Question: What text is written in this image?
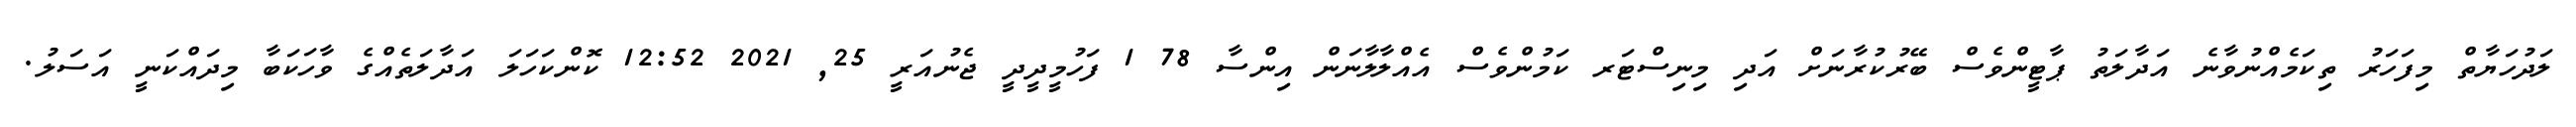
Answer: ލަދުހަޔާތް މިފަހަރު ތިކަމެއްނުވާނެ އަދާލަތު ޕާޓީންވެސް ބޭރުކުރާނަށް އަދި މިނިސްޓަރ ކަމުންވެސް އެއްލާލާނަން އިންސާ 78 1 ފަހުމީދީދީ ޖެނުއަރީ 25, 2021 12:52 ކޮންކަހަލަ އަދާލަތެއްގެ ވާހަކަބާ މިދައްކަނީ އަސަލު.